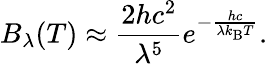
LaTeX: B_{\lambda}(T)\approx{\frac{2hc^{2}}{\lambda^{5}}}e^{-{\frac{hc}{\lambda k_{\mathrm{B}}T}}}.